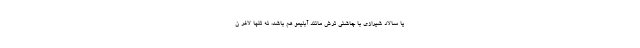
یا سالاد شیرازی با چاشنی ترش مانند آبلیمو هم باشد، نه تنها لاغر ن